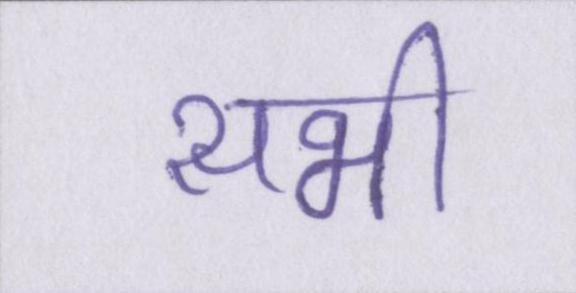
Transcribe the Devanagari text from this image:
सभी